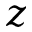
z